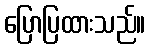
ပြောပြထားသည်။